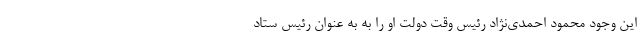
این وجود محمود احمدی‌نژاد رئیس وقت دولت او را به به عنوان رئیس ستاد